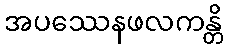
အပဿေနဖလကန္တိ